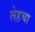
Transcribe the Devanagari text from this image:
लेहचा